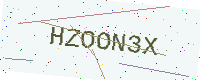
Text: HZOON3X